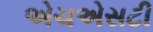
એચએસટી